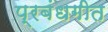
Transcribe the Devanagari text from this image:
प्रबंधगीत